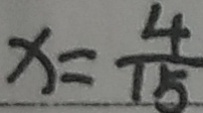
x = \frac { 4 } { 1 5 }